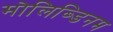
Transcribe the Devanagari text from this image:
मोलिब्डिनम